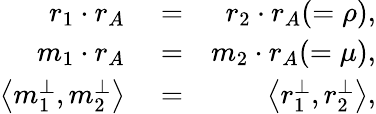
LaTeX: \begin{array}{rlr}{r_{1}\cdot r_{A}}&{{}=}&{r_{2}\cdot r_{A}(=\rho),}\\ {m_{1}\cdot r_{A}}&{{}=}&{m_{2}\cdot r_{A}(=\mu),}\\ {\left<{m_{1}^{\perp},m_{2}^{\perp}}\right>}&{{}=}&{\left<{r_{1}^{\perp},r_{2}^{\perp}}\right>,}\end{array}